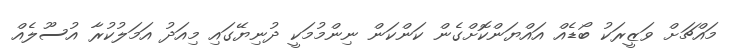
މައްޗަށް ވަޒީރަކު ބޯޑެއް އައްޔަންކޮށްގެން ކަންކަން ނިންމުމަކީ ދުނިޔޭގައި މިއަދު އަމަލުކުރާ އުސޫލެއް